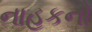
નાહકનો